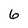
Character: 6